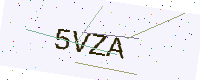
Text: 5VZA